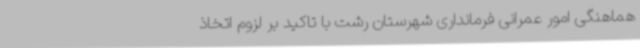
هماهنگی امور عمرانی فرمانداری شهرستان رشت با تاکید بر لزوم اتخاذ